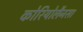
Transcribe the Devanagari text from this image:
कोरियोलैनस।